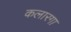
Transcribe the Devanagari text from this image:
कलारगा